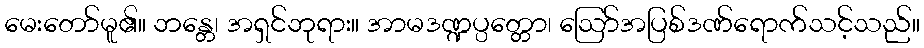
မေးတော်မူ၏။ ဘန္တေ၊ အရှင်ဘုရား။ အာမဒဏ္ဍပ္ပတ္တော၊ ဩော်အပြစ်ဒဏ်ရောက်သင့်သည်။